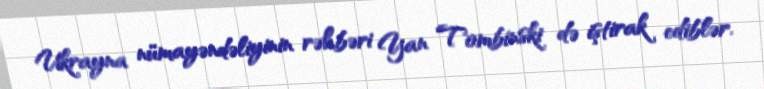
Ukrayna nümayəndəliyinin rəhbəri Yan Tombinski də iştirak ediblər.